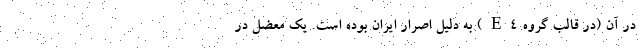
در آن (در قالب گروه E4) به دلیل اصرار ایران بوده است. یک معضل در